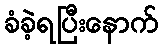
ခံခဲ့ရပြီးနောက်